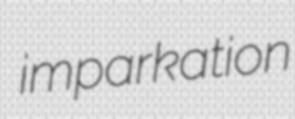
imparkation